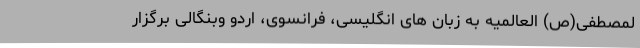
لمصطفی(ص) العالمیه به زبان های انگلیسی، فرانسوی، اردو وبنگالی برگزار